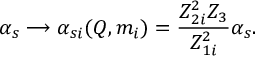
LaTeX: \alpha _ { s } \longrightarrow \alpha _ { s i } ( Q , m _ { i } ) = \frac { Z _ { 2 i } ^ { 2 } Z _ { 3 } } { Z _ { 1 i } ^ { 2 } } \alpha _ { s } .